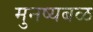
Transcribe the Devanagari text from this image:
मुनष्यबळ